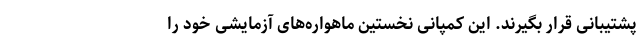
پشتیبانی قرار بگیرند. این کمپانی نخستین ماهواره‌های آزمایشی خود را